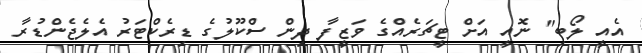
އެއީ ލޯބި" ނޮއީ އަށް ޓީޗަރެއްގެ ވަޒީފާ ދިން ސްކޫލުގެ ޑިރެކްޓަރު އެލެޖެންޑުރާ